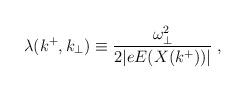
LaTeX: \begin{align*}\lambda(k^+,k_{\bot}) \equiv {\omega^2_{\bot} \over 2 \vert e E(X(k^+)) \vert}\; ,\end{align*}